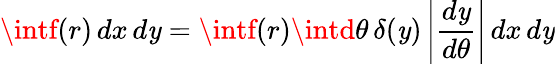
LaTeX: \intf(r)\, dx\, d\mathit{y}=\intf(r)\intd\theta\, \delta(\mathit{y})\left|{\frac{{d\mathit{y}}}{{d\theta}}}\right|\, dx\, d\mathit{y}